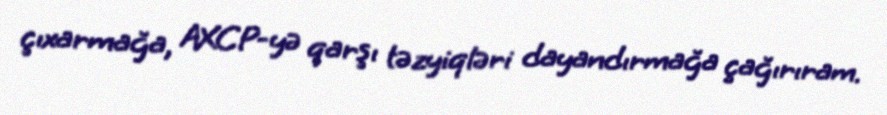
çıxarmağa, AXCP-yə qarşı təzyiqləri dayandırmağa çağırıram.